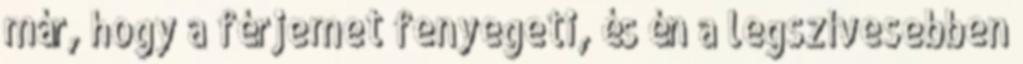
már, hogy a férjemet fenyegeti, és én a legszívesebben